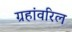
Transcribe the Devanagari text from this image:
ग्रहांवरिल